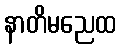
နာတိမညေထ